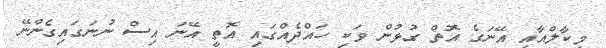
މިކާލްއާއި އޭނަގެ އޮތް ގުޅުން ވަކި ހައްދެއްގައި އޮތީ އޭނަ އިސް ނުނަގައިގެންނޭ